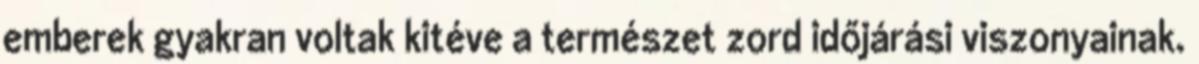
emberek gyakran voltak kitéve a természet zord időjárási viszonyainak.